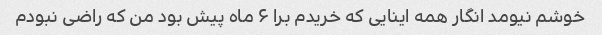
خوشم نیومد انگار همه اینایی که خریدم برا ۶ ماه پیش بود من که راضی نبودم